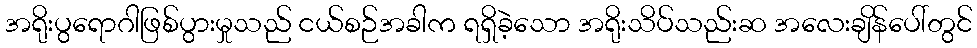
အရိုးပွရောဂါဖြစ်ပွားမှုသည် ငယ်စဉ်အခါက ရရှိခဲ့သော အရိုးသိပ်သည်းဆ အလေးချိန်ပေါ်တွင်